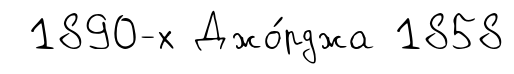
1890-х Джо́рджа 1858